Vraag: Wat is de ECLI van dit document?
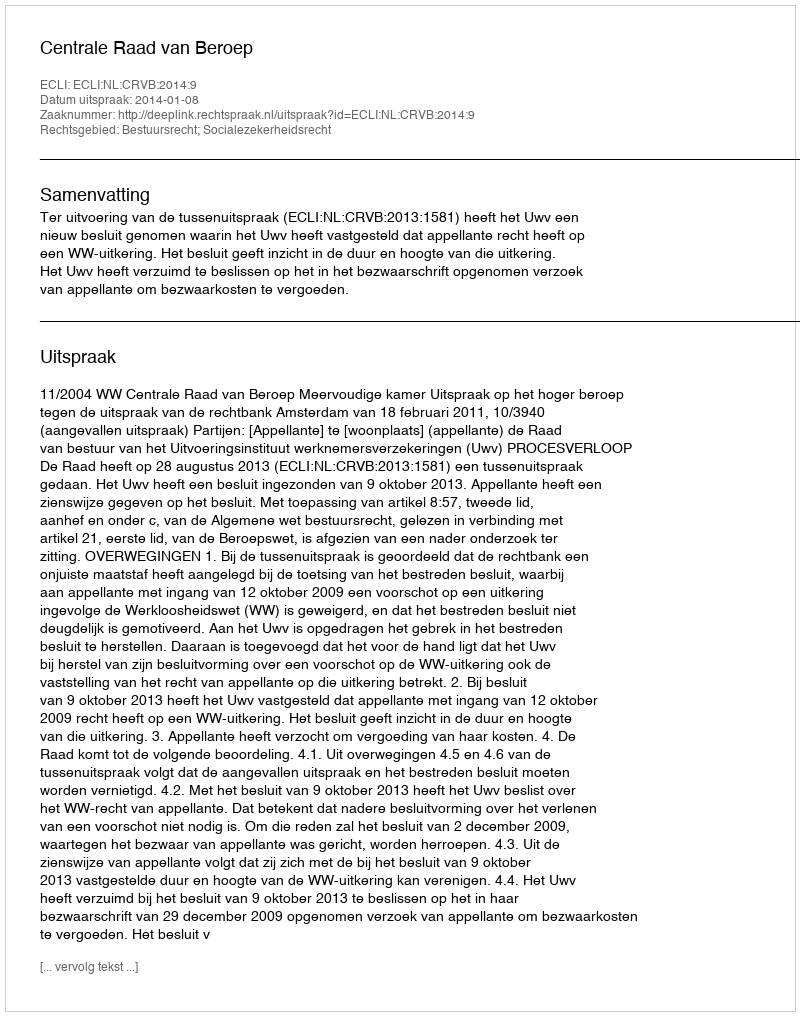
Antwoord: ECLI:NL:CRVB:2014:9